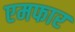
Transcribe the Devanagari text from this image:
एमफार